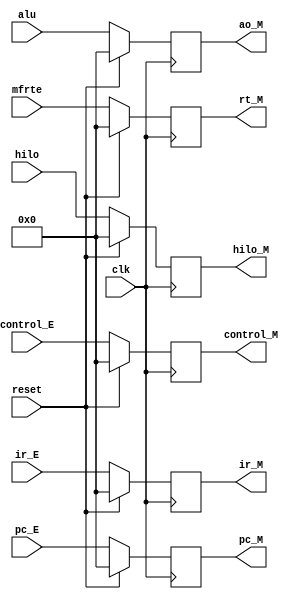
module M (
           input [31:0] ir_E,
           input [31:0] pc_E,
           input [31:0] alu,
           input [31:0] mfrte,
           input [31:0] hilo,
           input clk,
           input reset,
           output [31:0] ir_M,
           output [31:0] pc_M,
           output [31:0] ao_M,
           output [31:0] rt_M,
           output [31:0] hilo_M,

           input [31:0] control_E,
           output [31:0] control_M
       );

reg [31:0] IR;
reg [31:0] PC;
reg [31:0] AO;
reg [31:0] RT;
reg [31:0] HILO;
reg [31:0] CONTROL;

initial begin
    IR=0;
    PC=0;
    AO=0;
    RT=0;
    HILO=0;
    CONTROL=0;
end

assign ir_M=IR;
assign pc_M=PC;
assign ao_M=AO;
assign rt_M=RT;
assign hilo_M=HILO;
assign control_M=CONTROL;

always @(posedge clk) begin
    if(reset) begin
        IR<=0;
        PC<=0;
        AO<=0;
        RT<=0;
        HILO<=0;
        CONTROL<=0;
    end
    else begin
        IR<=ir_E;
        PC<=pc_E;
        AO<=alu;
        RT<=mfrte;
        HILO<=hilo;
        CONTROL<=control_E;
    end
end


endmodule